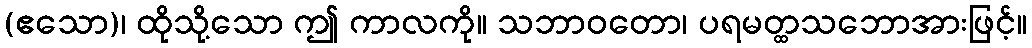
(ဧသော)၊ ထိုသို့သော ဤ ကာလကို။ သဘာဝတော၊ ပရမတ္ထသဘောအားဖြင့်။